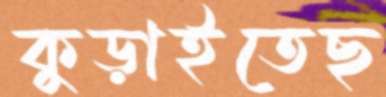
কুড়াইতেছ